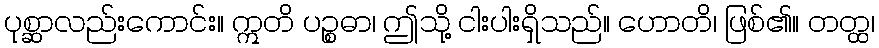
ပုစ္ဆာလည်းကောင်း။ ဣတိ ပဉ္စဓာ၊ ဤသို့ ငါးပါးရှိသည်။ ဟောတိ၊ ဖြစ်၏။ တတ္ထ၊